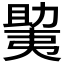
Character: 𫯲